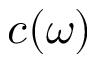
c ( \omega )